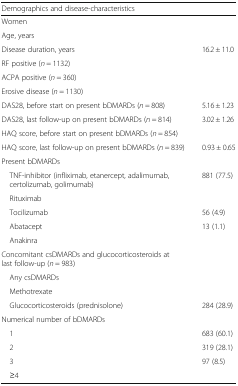
<table><thead><tr><td colspan="2"><b>Demographics and disease-characteristics</b></td></tr></thead><tbody><tr><td>Women</td><td>[EMPTY_CELL]</td></tr><tr><td>Age, years</td><td>[EMPTY_CELL]</td></tr><tr><td>Disease duration, years</td><td>16.2 ± 11.0</td></tr><tr><td>RF positive (<i>n</i> = 1132)</td><td>[EMPTY_CELL]</td></tr><tr><td>ACPA positive (<i>n</i> = 360)</td><td>[EMPTY_CELL]</td></tr><tr><td>Erosive disease (<i>n</i> = 1130)</td><td>[EMPTY_CELL]</td></tr><tr><td>DAS28, before start on present bDMARDs (<i>n</i> = 808)</td><td>5.16 ± 1.23</td></tr><tr><td>DAS28, last follow-up on present bDMARDs (<i>n</i> = 814)</td><td>3.02 ± 1.26</td></tr><tr><td>HAQ score, before start on present bDMARDs (<i>n</i> = 854)</td><td>[EMPTY_CELL]</td></tr><tr><td>HAQ score, last follow-up on present bDMARDs (<i>n</i> = 839)</td><td>0.93 ± 0.65</td></tr><tr><td colspan="2">Present bDMARDs</td></tr><tr><td> TNF-inhibitor (infliximab, etanercept, adalimumab, certolizumab, golimumab)</td><td>881 (77.5)</td></tr><tr><td> Rituximab</td><td>[EMPTY_CELL]</td></tr><tr><td> Tocilizumab</td><td>56 (4.9)</td></tr><tr><td> Abatacept</td><td>13 (1.1)</td></tr><tr><td> Anakinra</td><td>[EMPTY_CELL]</td></tr><tr><td colspan="2">Concomitant csDMARDs and glucocorticosteroids at last follow-up (<i>n</i> = 983)</td></tr><tr><td> Any csDMARDs</td><td>[EMPTY_CELL]</td></tr><tr><td> Methotrexate</td><td>[EMPTY_CELL]</td></tr><tr><td> Glucocorticosteroids (prednisolone)</td><td>284 (28.9)</td></tr><tr><td colspan="2">Numerical number of bDMARDs</td></tr><tr><td> 1</td><td>683 (60.1)</td></tr><tr><td> 2</td><td>319 (28.1)</td></tr><tr><td> 3</td><td>97 (8.5)</td></tr><tr><td> ≥4</td><td>[EMPTY_CELL]</td></tr></tbody></table>